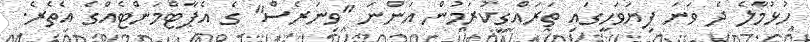
ހުޅުމާލެ ދެ ވަނަ ފިޔަވަހީގައި ތަރައްގީކުރަމުން އަންނަ "ވިނަރެސް" ގެ އެޕާޓްމަންޓެއްގެ އެތެރެ.